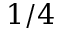
1 / 4